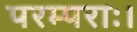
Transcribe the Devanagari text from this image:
परम्पराः।